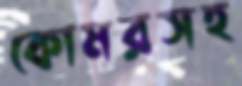
কোমরসহ